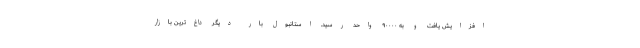
افزایش یافت و به ۹۰۰۰۰ واحد رسید. استانبول بار دیگر داغ‌ترین بازار